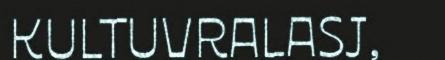
KULTUVRALASJ,